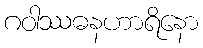
ဂဝါဿဓနဟာရိနော